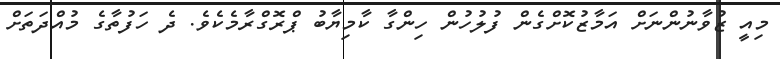
މިއީ ޒުވާނުންނަށް އަމާޒުކޮށްގެން ފުލުހުން ހިންގާ ކާމިޔާބު ޕްރޮގްރާމެކެވެ. ދެ ހަފުތާގެ މުއްދަތަށް